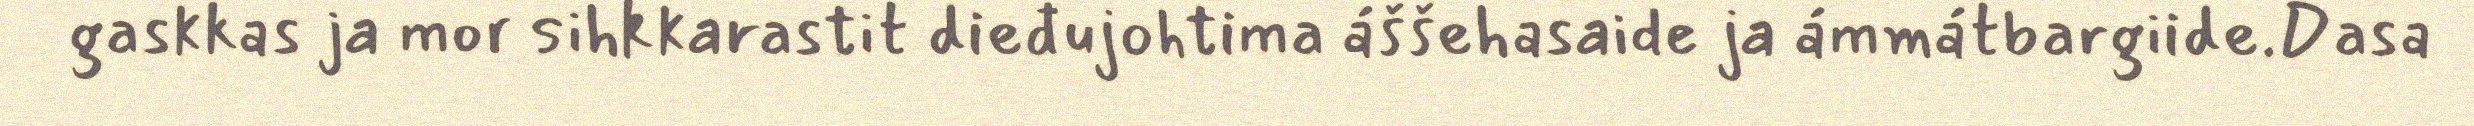
gaskkas ja mor sihkkarastit dieđujohtima áššehasaide ja ámmátbargiide.Dasa